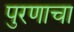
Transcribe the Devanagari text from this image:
पुरणाचा